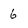
Character: 6